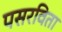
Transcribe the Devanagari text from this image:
पसरविता